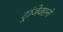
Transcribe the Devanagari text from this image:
ट्रांजेक्शनों